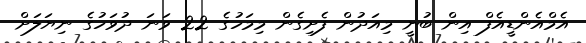
އެމްއެންޑީއެފް އިން ބުނީ މިއަދުން ފެށިގެން މިމަހުގެ 22 ވަނަ ދުވަހުގެ ނިޔަލަށް